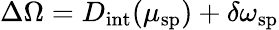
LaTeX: \Delta\Omega=D_{\mathrm{int}}(\mu_{\mathrm{sp}})+\delta\omega_{\mathrm{sp}}